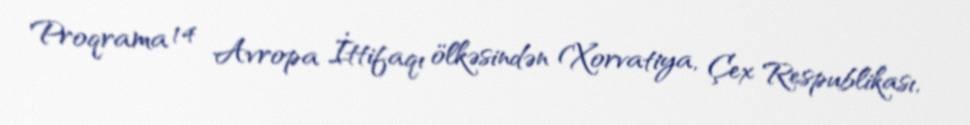
Proqrama 14 Avropa İttifaqı ölkəsindən (Xorvatiya, Çex Respublikası,